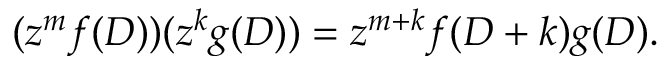
( z ^ { m } f ( D ) ) ( z ^ { k } g ( D ) ) = z ^ { m + k } f ( D + k ) g ( D ) .